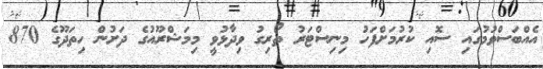
އެއްބަސްވުމުގައި ސޮއި ކުރުމަށްފަހު މިނިސްޓަރު ތޯރިގު ވިދާޅުވީ މިމަޝްރޫއުގެ ދަށުން ހިތަދޫގެ 870